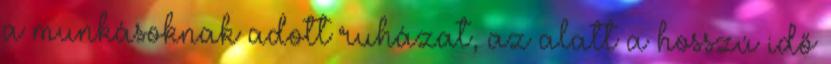
a munkásoknak adott ruházat, az alatt a hosszú idő